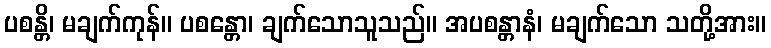
ပစန္တိ၊ မချက်ကုန်။ ပစန္တော၊ ချက်သောသူသည်။ အပစန္တာနံ၊ မချက်သော သတို့အား။